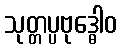
သုတ္တပ္ပဗုဒ္ဓေါဝ